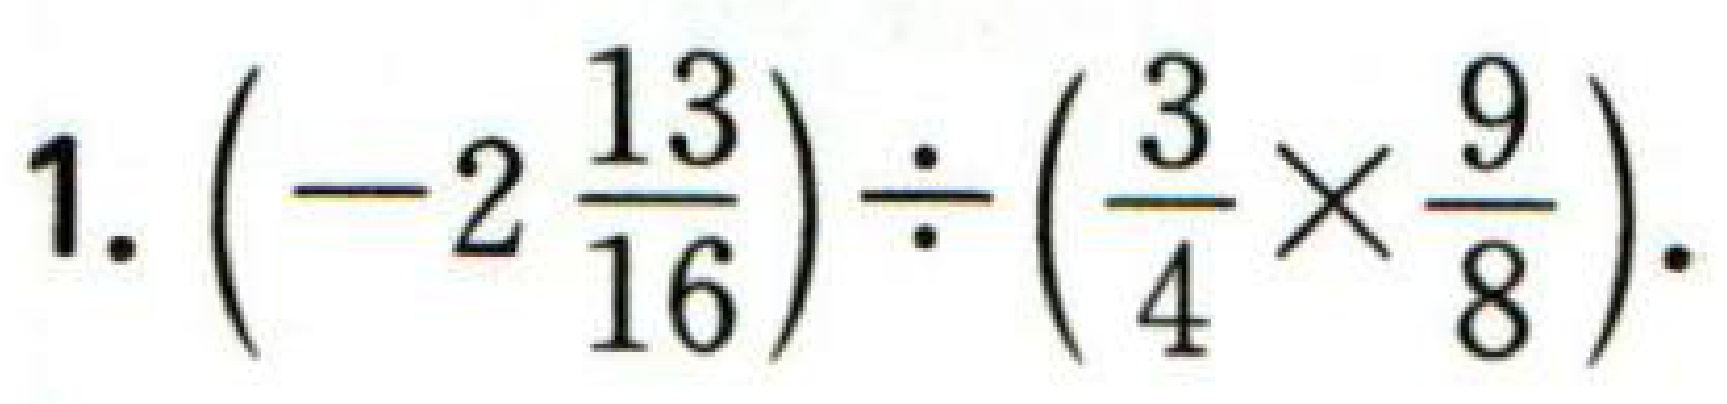
1. $\left(-2\dfrac{13}{16}\right)\div\left(\dfrac{3}{4}\times\dfrac{9}{8}\right).$